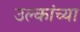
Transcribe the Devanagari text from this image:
उल्कांच्या